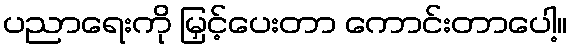
ပညာရေးကို မြှင့်ပေးတာ ကောင်းတာပေါ့။